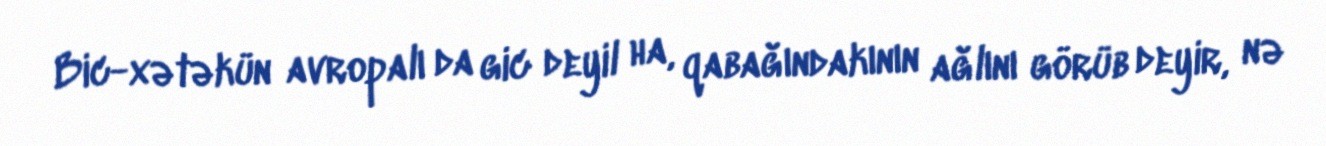
Bic-xətəkün avropalı da gic deyil ha, qabağındakının ağlını görüb deyir, nə